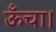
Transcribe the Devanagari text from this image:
ऊँचा।